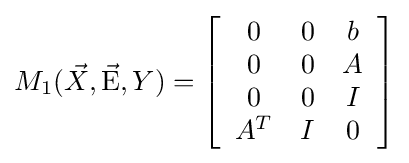
M_{1}({\vec {X}},{\vec {\rm {E}}},Y)=\left[{\begin{array}{*{20}c}0&0&b\\0&0&A\\0&0&I\\{A^{T}}&I&0\\\end{array}}\right]